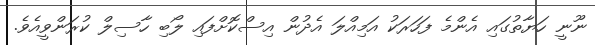
ނޫނީ ހަޔާތުގައި އެންމެ ފަހަރަކު އަމިއްލަ އެދުން އިސްކޮށްފައި ލޯބި ހާސިލް ކުރަންވީއެވެ.